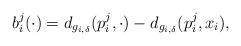
LaTeX: \begin{align*}b_{i}^{j}(\cdot)=d_{g_{i,\delta}}(p_{i}^{j},\cdot)-d_{g_{i,\delta}}(p_{i}^{j},x_{i}),\end{align*}